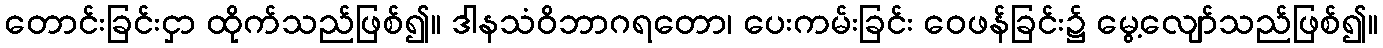
တောင်းခြင်းငှာ ထိုက်သည်ဖြစ်၍။ ဒါနသံဝိဘာဂရတော၊ ပေးကမ်းခြင်း ဝေဖန်ခြင်း၌ မွေ့လျော်သည်ဖြစ်၍။